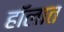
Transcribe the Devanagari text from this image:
हॉलात